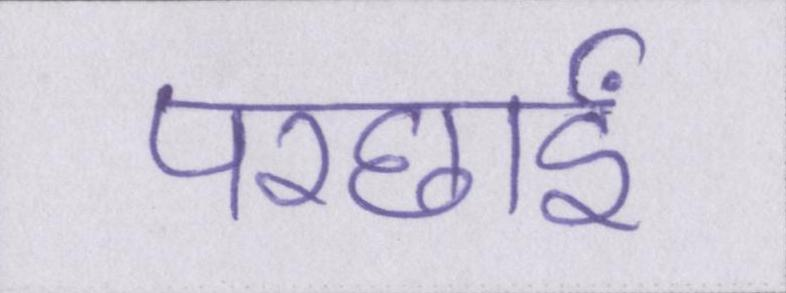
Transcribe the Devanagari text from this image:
परछाईं